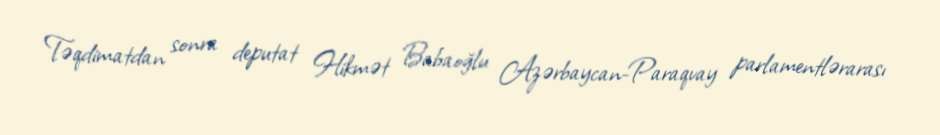
Təqdimatdan sonra deputat Hikmət Babaoğlu Azərbaycan-Paraqvay parlamentlərarası